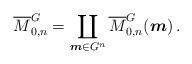
LaTeX: \begin{align*} \overline{M}^G_{0,n} = \coprod_{\boldsymbol m \in G^n} \overline{M}^G_{0,n}(\boldsymbol{m}) \, .\end{align*}